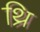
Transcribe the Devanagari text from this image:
थ्रि